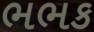
ભભક